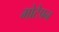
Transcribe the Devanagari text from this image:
मोटेपन